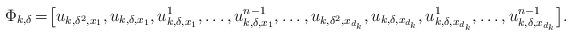
LaTeX: \begin{align*}\Phi_{k,\delta}\!=\!\big[u_{k,\delta^2,x_1},u_{k,\delta,x_1},u^1_{k,\delta,x_1},\ldots,u^{n-1}_{k,\delta,x_1},\ldots,u_{k,\delta^2,x_{d_k}},u_{k,\delta,x_{d_k}},u^1_{k,\delta,x_{d_k}},\ldots,u^{n-1}_{k,\delta,x_{d_k}}\big].\end{align*}